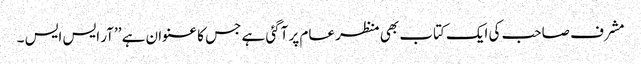
مشرف صاحب کی ایک کتاب بھی منظر عام پر آگئی ہے جس کا عنوان ہے ’’آر ایس ایس ۔